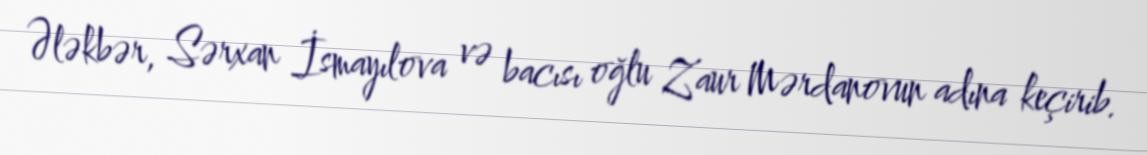
Ələkbər, Sərxan İsmayılova və bacısı oğlu Zaur Mərdanovun adına keçirib.